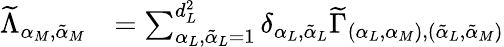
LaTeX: \begin{array}{rl}{\widetilde{\Lambda}_{\alpha_{M},{\tilde{\alpha}}_{M}}}&{=\sum_{\alpha_{L},{\tilde{\alpha}}_{L}=1}^{d_{L}^{2}}\delta_{\alpha_{L},{\tilde{\alpha}}_{L}}\widetilde{\Gamma}_{(\alpha_{L},\alpha_{M}),({\tilde{\alpha}}_{L},{\tilde{\alpha}}_{M})}}\end{array}